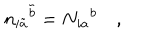
{ n _ { i \tilde { a } } } ^ { \tilde { b } } = { N _ { i a } } ^ { b } \quad ,